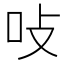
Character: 𭇅